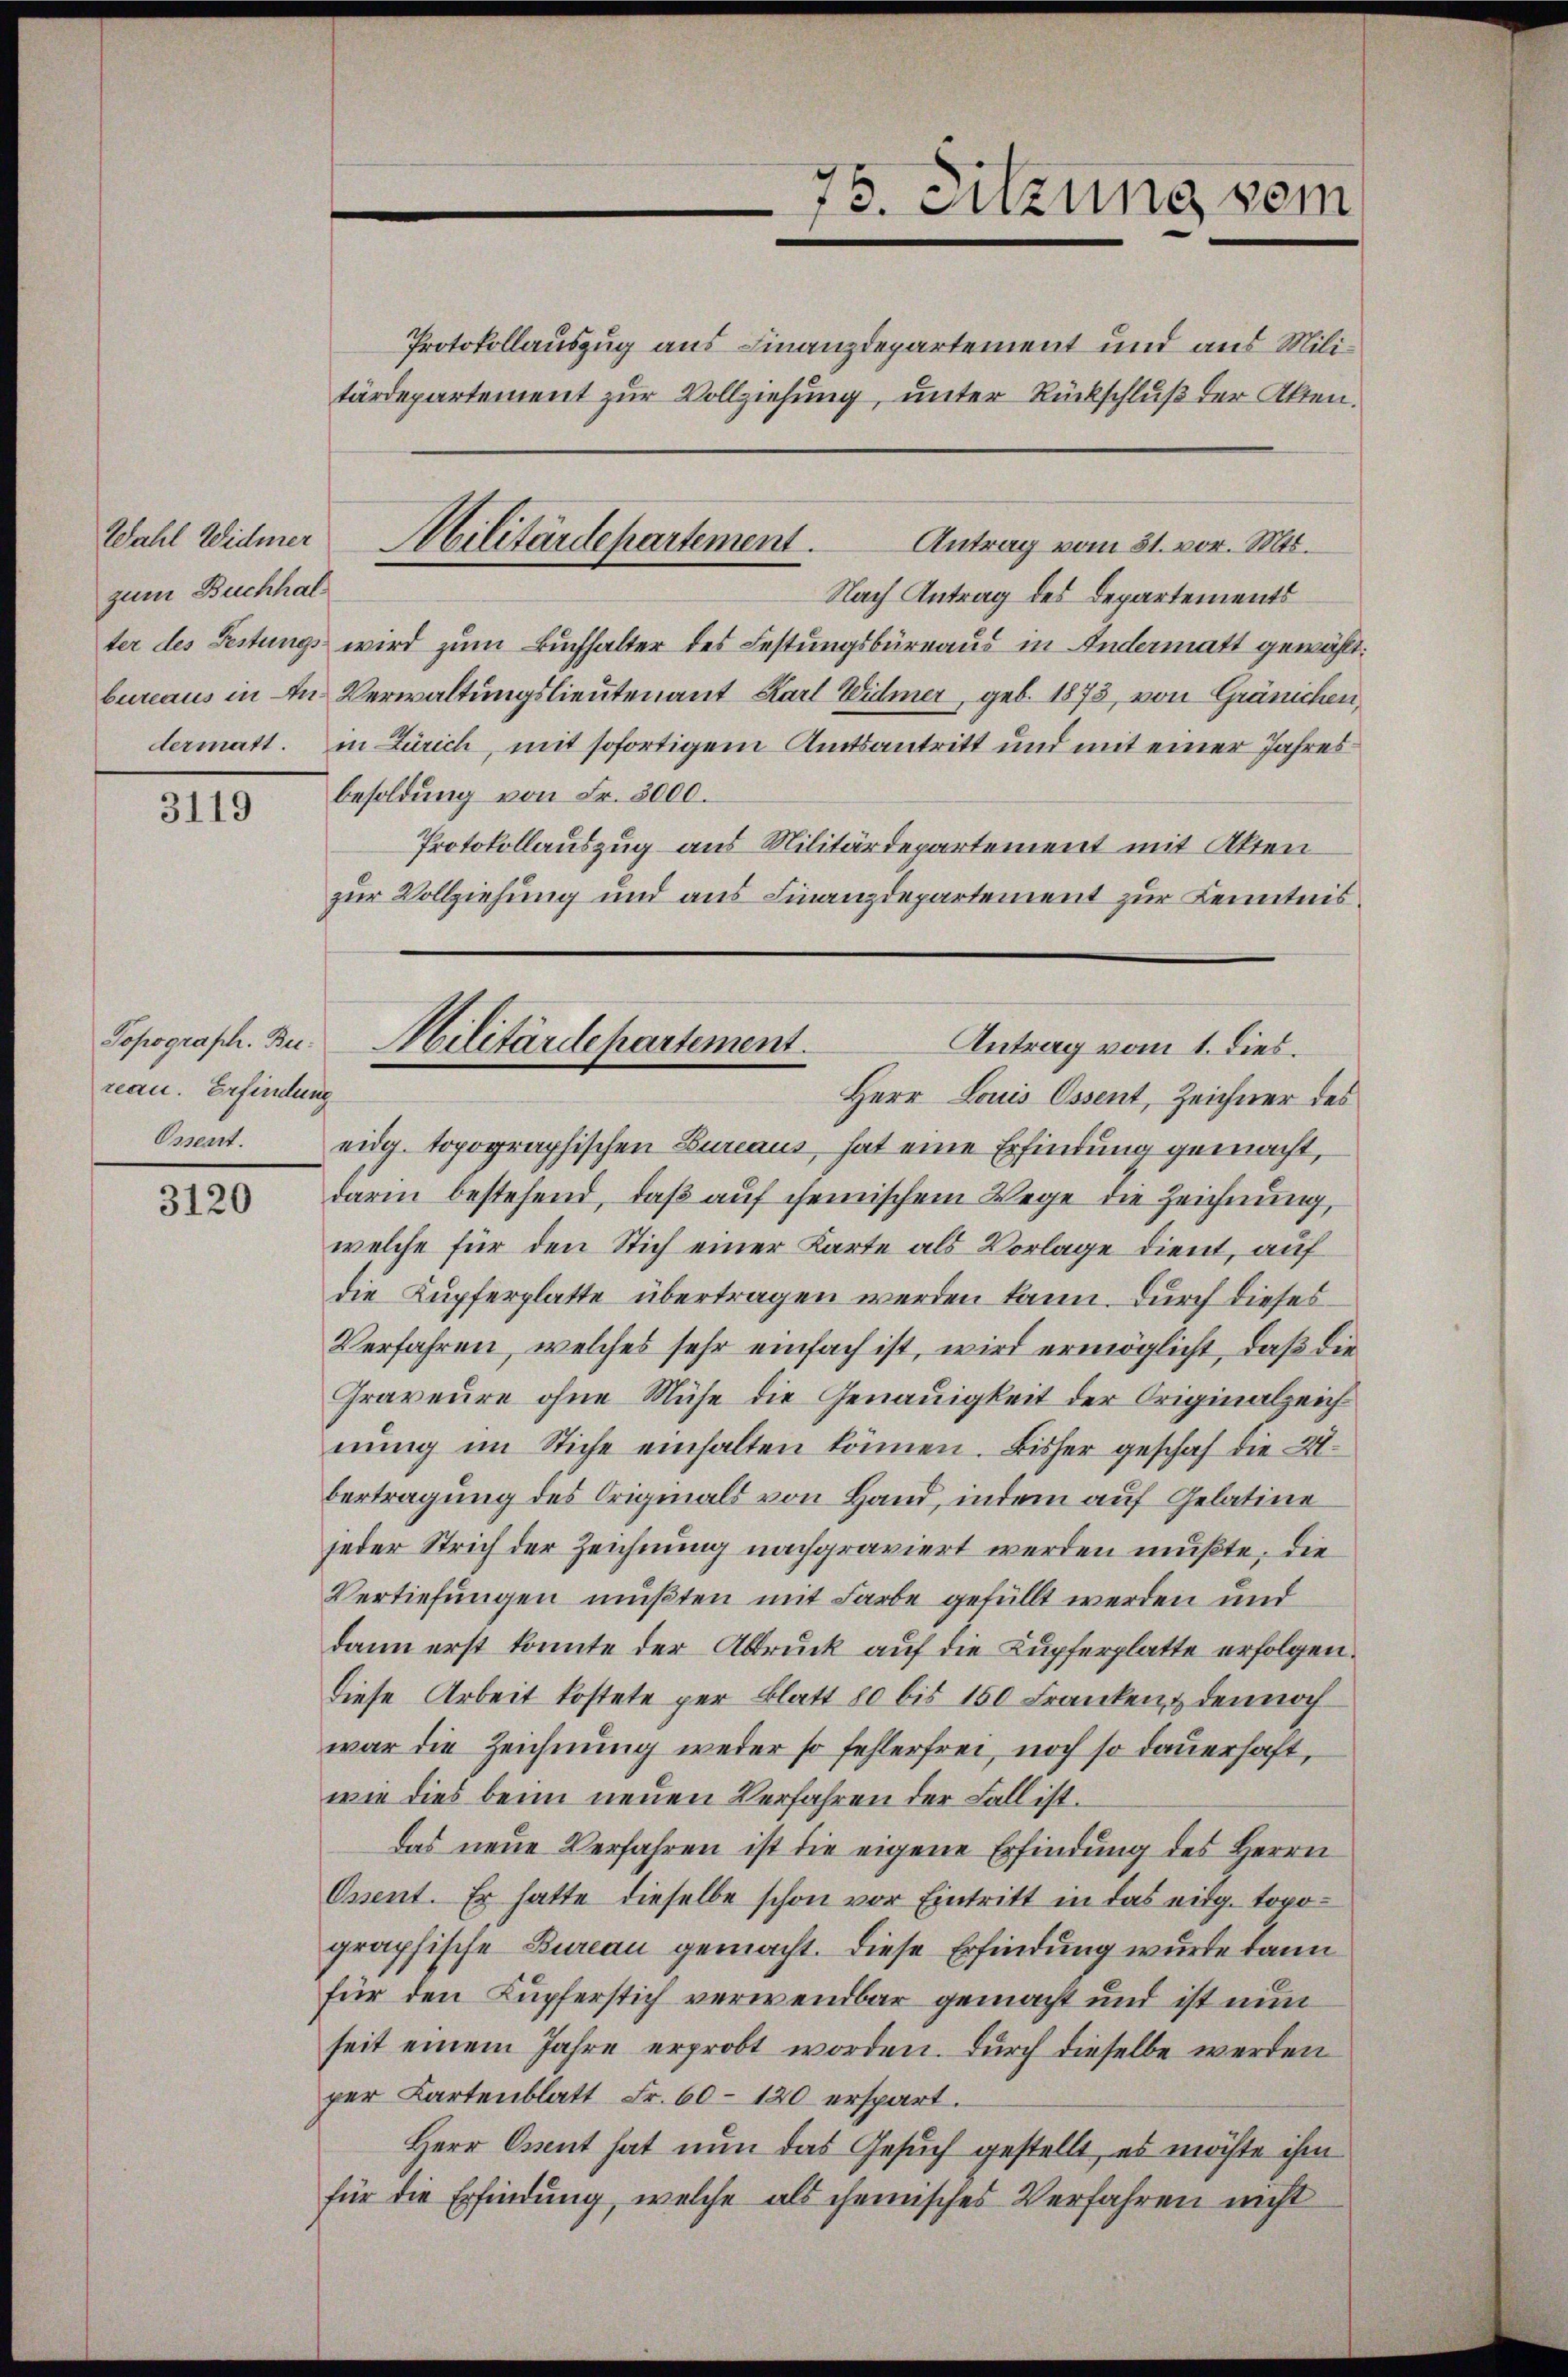
zum Buchhal

3119

Topograph. Bureau. Erfindung
Ossent.

3120

Protokollauszug aus Finanzdepartement und aus Militärdepartement zur Vollziehung, unter Rückschluß der Akten.

73. Sitzung sein

Wahl Widmer Militärdepartement.
Antrag vom 31. vor. Mts.

Nach Antrag des Departements
ter des Festungs wird zum Buchhalter des Festungsbüreaus in Andermatt gewählt:
bureaus in in Verwaltungslieutenant Karl Widmer, geb. 1873, von Gränichen,
dermatt. in Zürich, mit sofortigem Amtsantritt und mit einer Jahres
besoldung von Fr. 3000.
Protokollauszug aus Militärdepartement mit Akten
zur Vollziehung und aus Finanzdepartement zur Kenntnis¬

Militärdepartement.
Antrag vom 1. dies.
Herr Louis Ossent, Zeichner des

eidg. topographischen Bureaus hat eine Erfindung gemacht,
darin bestehend, daβ aŭf chemischem Wege die Zeichnung,
welche für den Stich einer Karte als Vorlage dient, auf
die Kupferplatte übertragen werden kann. Durch dieses
Verfahren, welches sehr einfach ist, wird ermöglicht, daß die
Graveure ohne Mühe die Genauigkeit der Originalzeichnŭng im Stiche einhalten können. Bisher geschah die 2
bertragung des Originals von Hand, indem auf Gelatine
jeder Strich der Zeichnung nachgraviert werden mußte, die
Vertiefungen müßten mit Farbe gefüllt werden und
dann erst konnte der Abdruck auf die Kupferplatte erfolgen.
Diese Arbeit kostete per Blatt 80 bis 150 Franken, & den noch
war die Zeichnung weder so fehlerfrei, noch so dauerhaft,
wie dies beim neuen Verfahren der Fall ist.
das neue Verfahren ist die eigene Erfindung des Herrn
Ossent. Er hatte dieselbe schon vor Eintritt in das eidg. topographische Bureau gemacht. Diese Erfindung wurde dann
für den Kupferstich verwendbar gemacht und ist nun
seit einem Jahre erprobt worden. Durch dieselbe werden
per Cartenblatt Fr. 60-120 erspart.
Herr Osent hat nun das Gesuch gestellt, es möchte ihm
für die Erfindung, welche als chemisches Verfahren nicht